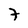
Character: 7